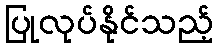
ပြုလုပ်နိုင်သည့်